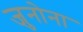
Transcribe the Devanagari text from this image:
जुनोना